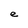
Character: e